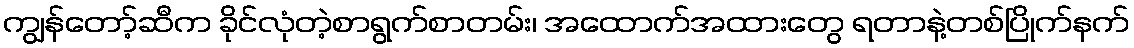
ကျွန်တော့်ဆီက ခိုင်လုံတဲ့စာရွက်စာတမ်း၊ အထောက်အထားတွေ ရတာနဲ့တစ်ပြိုက်နက်